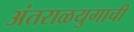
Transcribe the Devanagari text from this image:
अंतराळयुगाची